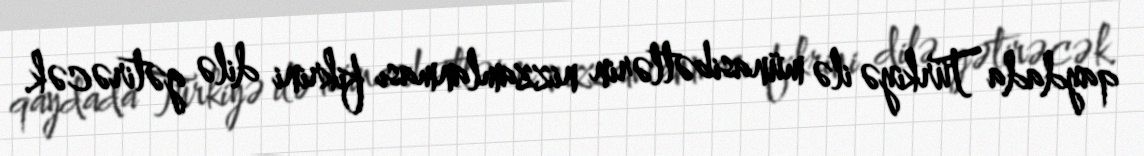
qaydada Türkiyə ilə münasibətlərin nizzamlanması fikrini dilə gətirəcək.